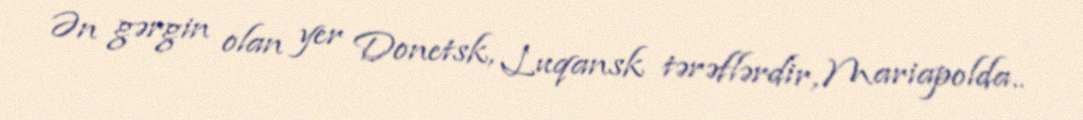
Ən gərgin olan yer Donetsk, Luqansk tərəflərdir, Mariapolda..